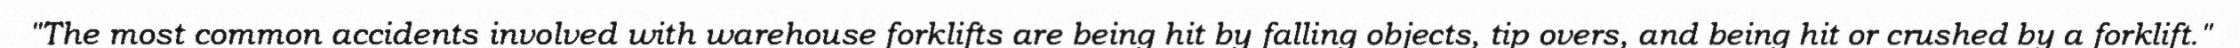
"The most common accidents involved with warehouse forklifts are being hit by falling objects, tip overs, and being hit or crushed by a forklift."